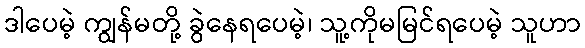
ဒါပေမဲ့ ကျွန်မတို့ ခွဲနေရပေမဲ့၊ သူ့ကိုမမြင်ရပေမဲ့ သူဟာ